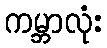
ကမ္ဘာလုံး